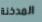
المدخنة